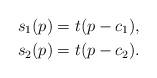
LaTeX: \begin{align*}s_{1}(p) & =t(p-c_{1}), \\s_{2}(p) & =t(p-c_{2}).\end{align*}